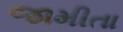
જામીતા